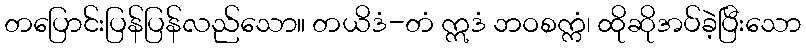
တပြောင်းပြန်ပြန်လည်သော။ တယိဒံ-တံ ဣဒံ ဘဝစက္ကံ၊ ထိုဆိုအပ်ခဲ့ပြီးသော